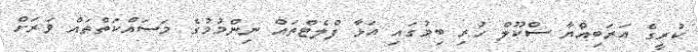
ކުރީގެ އަރަބިއްޔާ ސްކޫލް ހުރި ބިމުގައި އަޅާ ފްލެޓްތައް ނިންމުމުގެ މަސައްކަތްތައް ވަރަށް